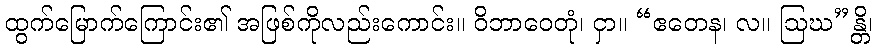
ထွက်မြောက်ကြောင်း၏ အဖြစ်ကိုလည်းကောင်း။ ဝိဘာဝေတုံ၊ ငှာ။ “ဧတေန၊ လ။ ဩဃ”န္တိ၊